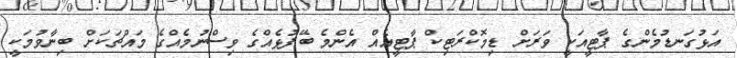
އަޅުގަނޑުމެންގެ ޕާޓީއަކީ ވަރަށް ޑިމޮކްރަޓިކް ޕާޓީއެއް އެންމެ ބޭފުޅެއްގެ ވިސްނުމެއްގެ މައްޗަކަށް ބިނާވުމަކީ